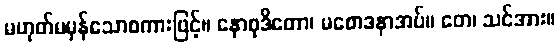
မဟုတ်မမှန်သောစကားဖြင့်။ နောစုဒိတော၊ မစောဒနာအပ်။ တေ၊ သင်အား။